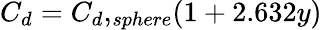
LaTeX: C_{d}={C_{d},_{sphere}}(1+2.632y)